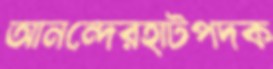
আনন্দেরহাটপদক